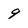
Character: 9